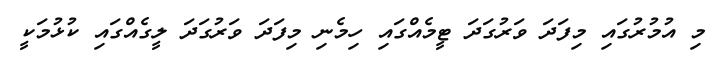
މި އުމުރުގައި މިފަދަ ވަރުގަދަ ޓީމެއްގައި ހިމެނި މިފަދަ ވަރުގަދަ ލީގެއްގައި ކުޅުމަކީ